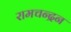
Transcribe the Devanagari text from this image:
रामचन्‍द्रन